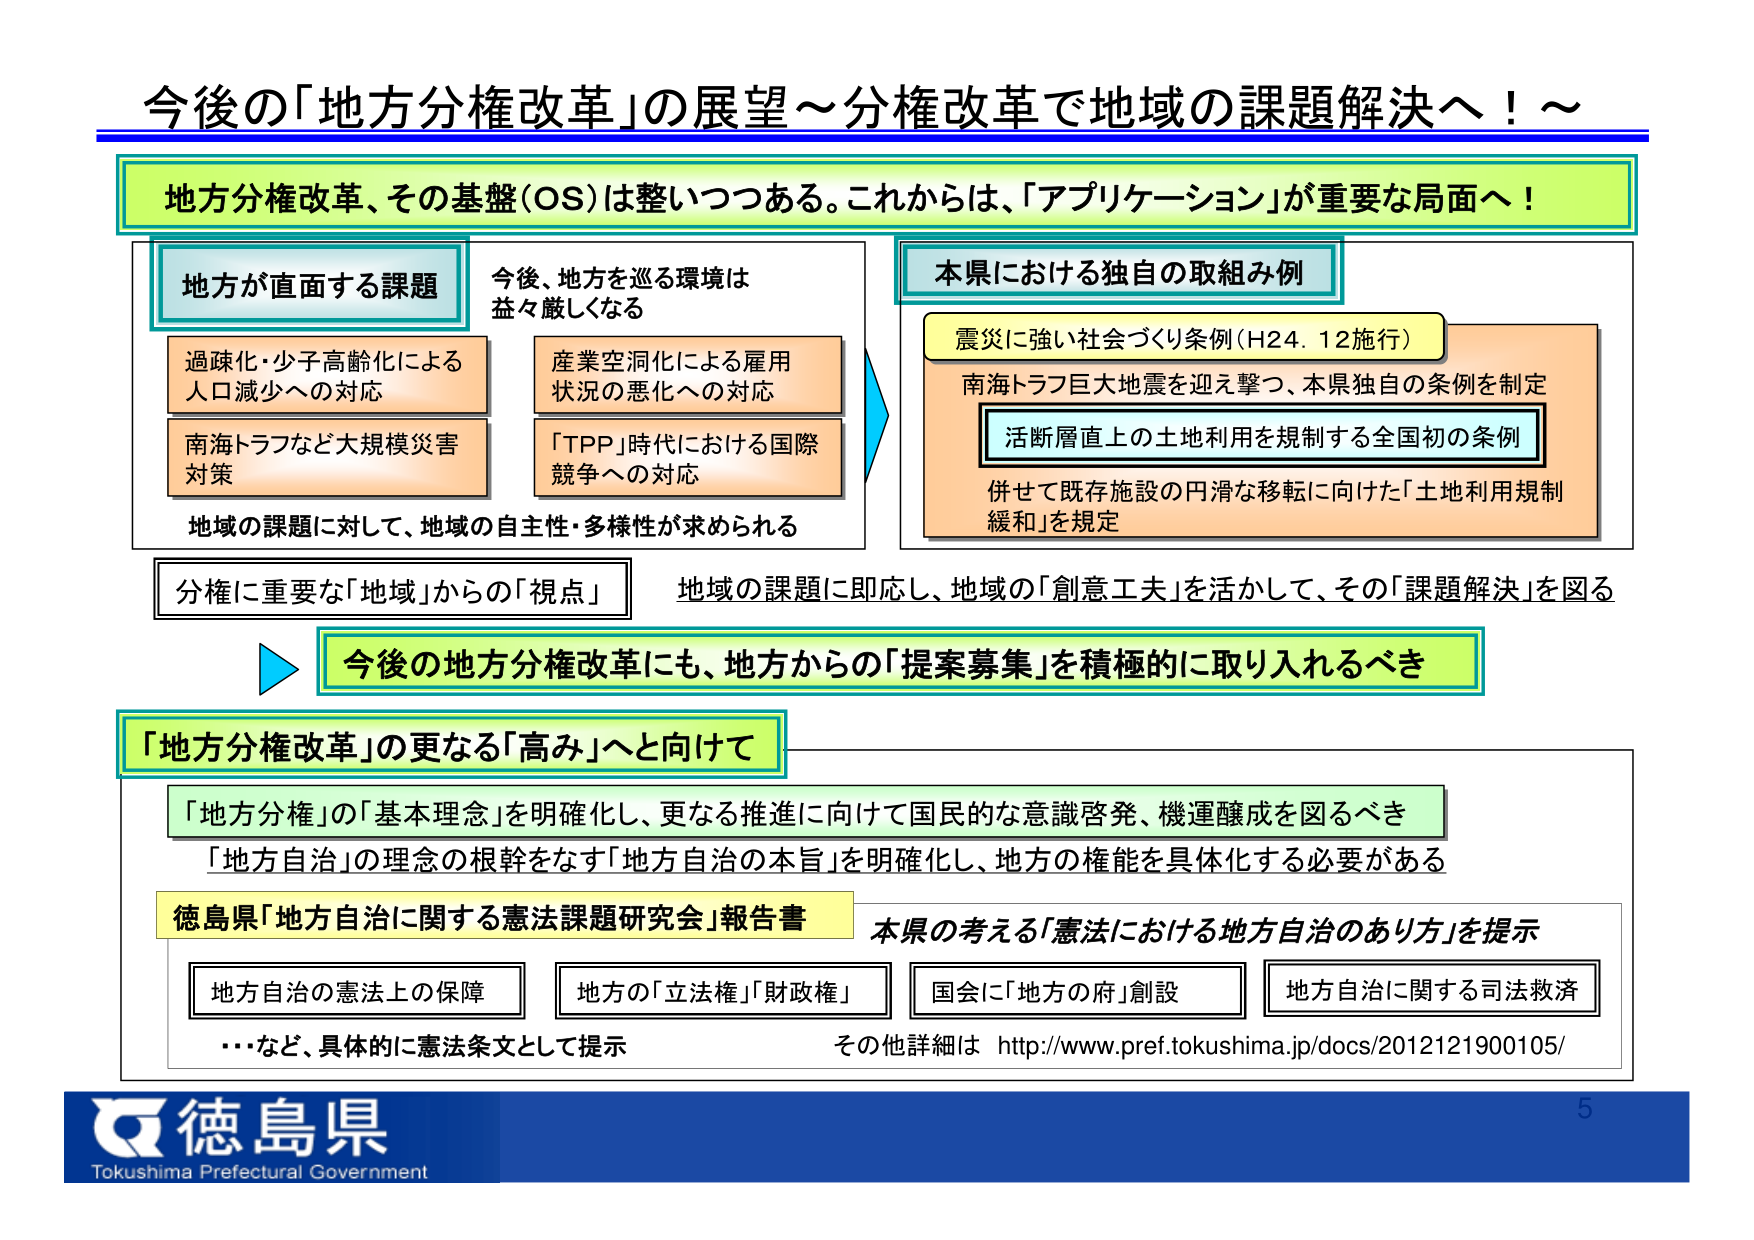
今後の「地方分権改革」の展望～分権改革で地域の課題解決へ！～

地方分権改革、その基盤（OS）は整いつつある。これからは、「アプリケーション」が重要な局面へ！

地方が直面する課題
過疎化・少子高齢化による
人口減少への対応
南海トラフなど大規模災害
対策
今後、地方を巡る環境は
益々厳しくなる
産業空洞化による雇用
状況の悪化への対応
「TPP」時代における国際
競争への対応
地域の課題に対して、地域の自主性・多様性が求められる

本県における独自の取組み例
震災に強い社会づくり条例（H24.12施行）
南海トラフ巨大地震を迎え撃つ、本県独自の条例を制定
活断層直上の土地利用を規制する全国初の条例
併せて既存施設の円滑な移転に向けた「土地利用規制
緩和」を規定

分権に重要な「地域」からの「視点」
地域の課題に即応し、地域の「創意工夫」を活かして、その「課題解決」を図る

今後の地方分権改革にも、地方からの「提案募集」を積極的に取り入れるべき

「地方分権改革」の更なる「高み」へと向けて
「地方分権」の「基本理念」を明確化し、更なる推進に向けて国民的な意識啓発、機運醸成を図るべき
「地方自治」の理念の根幹をなす「地方自治の本旨」を明確化し、地方の権能を具体化する必要がある

徳島県「地方自治に関する憲法課題研究会」報告書
本県の考える「憲法における地方自治のあり方」を提示
地方自治の憲法上の保障
地方の「立法権」「財政権」
国会に「地方の府」創設
地方自治に関する司法救済
…など、具体的に憲法条文として提示
その他詳細は http://www.pref.tokushima.jp/docs/2012121900105/

徳島県
Tokushima Prefectural Government
5